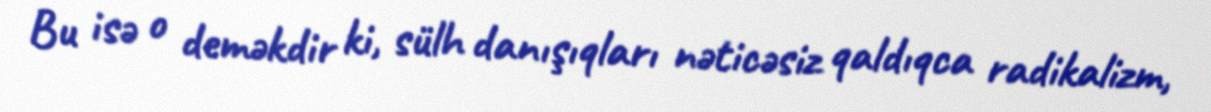
Bu isə o deməkdir ki, sülh danışıqları nəticəsiz qaldıqca radikalizm,